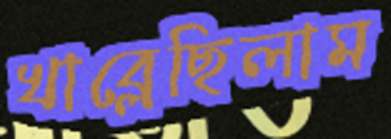
খাব্‌লেছিলাম